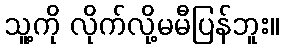
သူ့ကို လိုက်လို့မမီပြန်ဘူး။